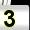
Digit: 3